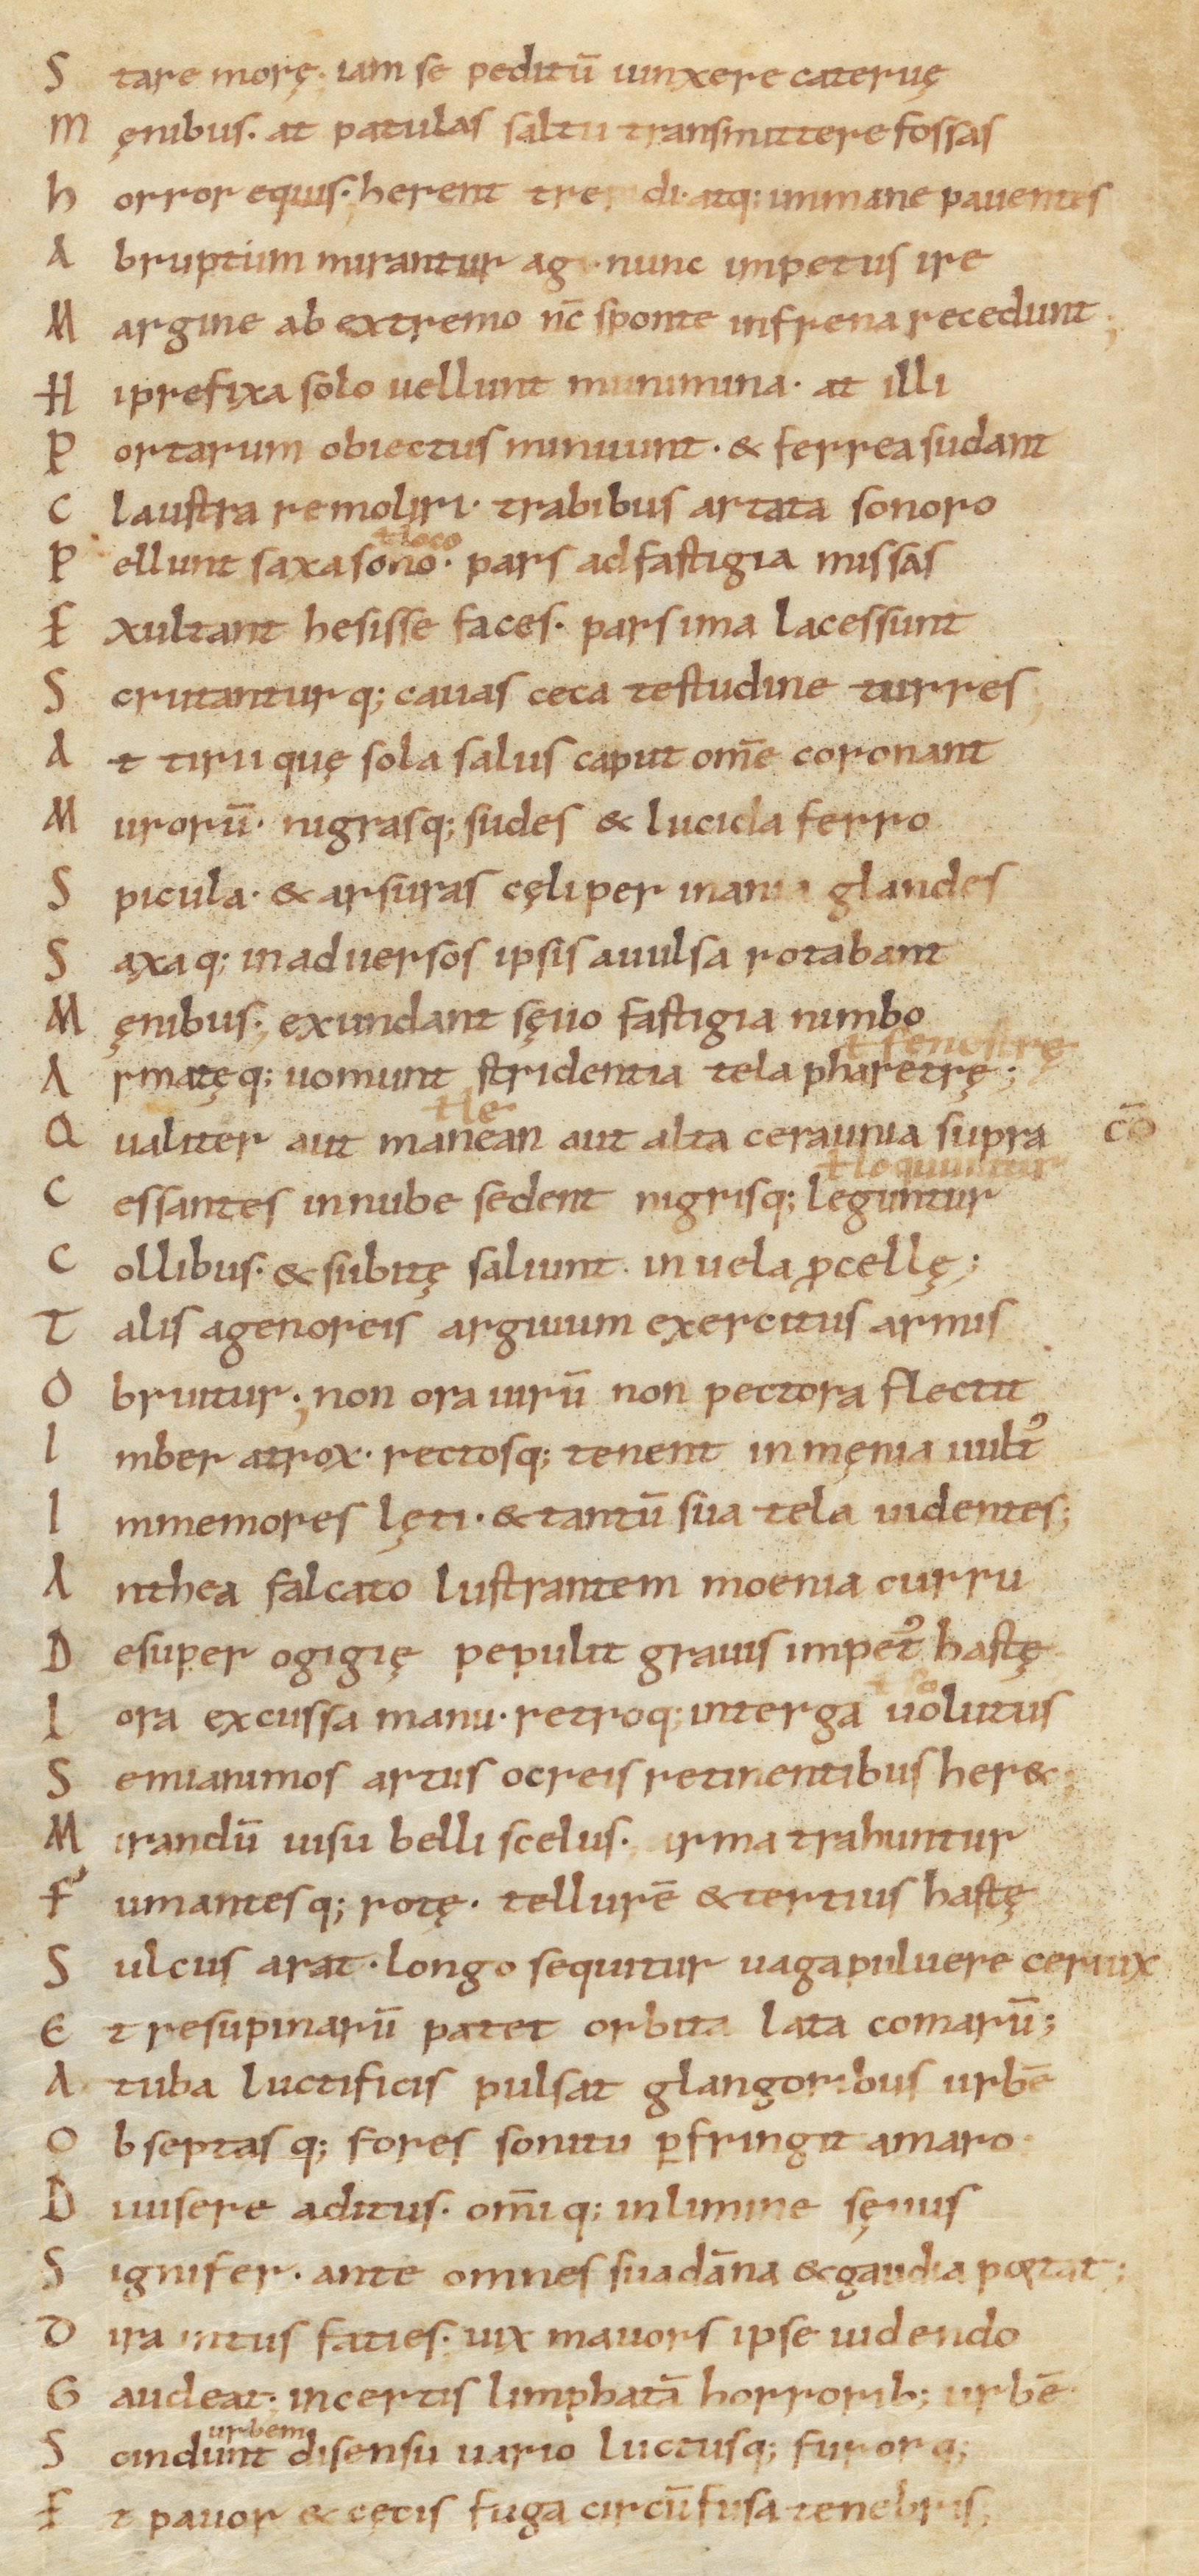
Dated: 1000–1099